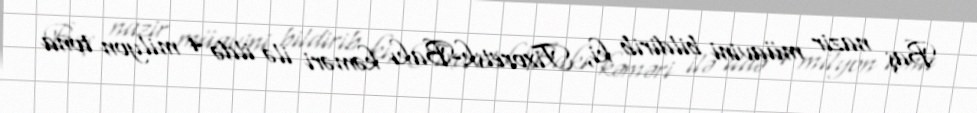
Baş nazir müavini bildirib ki, Tixoretsk-Bakı kəməri ilə ildə 4 milyon tona